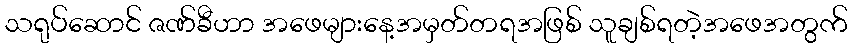
သရုပ်ဆောင် ဇဏ်ခီဟာ အဖေများနေ့အမှတ်တရအဖြစ် သူချစ်ရတဲ့အဖေအတွက်